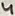
Text: 4